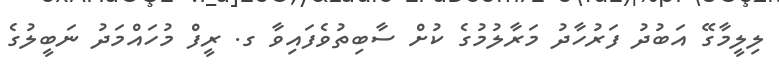
ލިލީމާގޭ އަބުދު ފަރުހާދު މަރާލުމުގެ ކުށް ސާބިތުވެފައިވާ ގ. ރީފް މުހައްމަދު ނަބީލުގެ